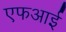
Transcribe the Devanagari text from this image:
एफआई